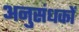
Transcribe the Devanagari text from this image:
अनुसंधकों